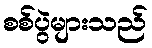
စစ်ပွဲများသည်